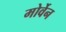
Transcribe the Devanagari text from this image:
मोर्वेन